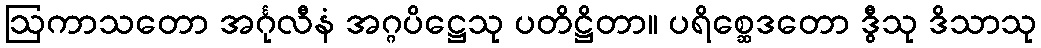
ဩကာသတော အင်္ဂုလီနံ အဂ္ဂပိဋ္ဌေသု ပတိဋ္ဌိတာ။ ပရိစ္ဆေဒတော ဒွီသု ဒိသာသု